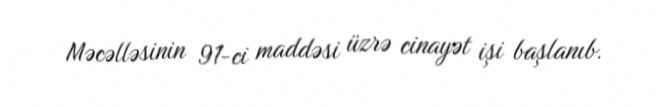
Məcəlləsinin 91-ci maddəsi üzrə cinayət işi başlanıb.